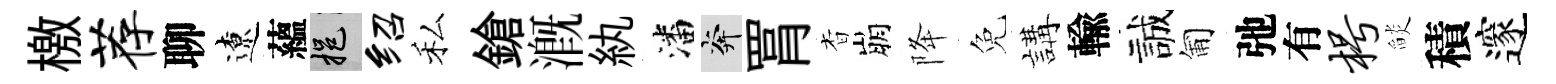
檄荐聊遼蘊挹绍私鎗溉紈潘奔罥杳崩降免講輸誠匍弛有枵𦦨積邃